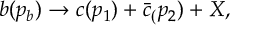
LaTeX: b ( p _ { b } ) \rightarrow c ( p _ { 1 } ) + \bar { c } _ { ( } p _ { 2 } ) + X ,